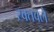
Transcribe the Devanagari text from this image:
रक्तवले